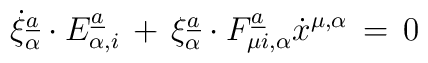
\dot \xi_{\alpha}\sp{\underline{a}}\cdot E_{\alpha,i}\sp{\underline{a}}\,+\,\xi_{\alpha}\sp{\underline{a}}\cdot F_{\mu i,\alpha}\sp{\underline{a}}\dot x\sp{\mu,\alpha}\,=\,0